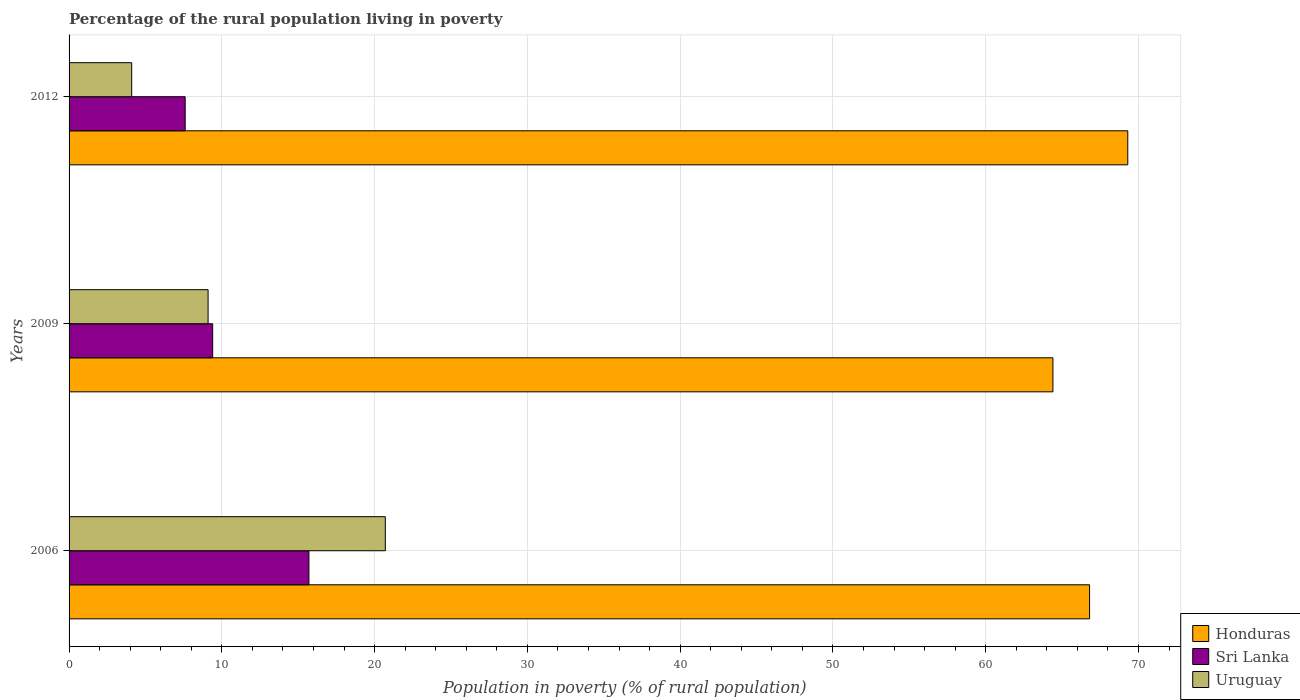
| Years | Honduras | Sri Lanka | Uruguay |
 | --- | --- | --- | --- |
 | 2006 | 66.8 | 15.7 | 20.7 |
 | 2009 | 64.4 | 9.4 | 9.1 |
 | 2012 | 69.3 | 7.6 | 4.1 |